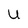
Character: U